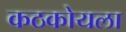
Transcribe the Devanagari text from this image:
कठकोयला